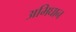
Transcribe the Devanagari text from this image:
अभिघान